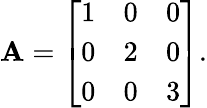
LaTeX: \mathbf{A}={\left[\begin{array}{lll}{1}&{0}&{0}\\ {0}&{2}&{0}\\ {0}&{0}&{3}\end{array}\right]}.